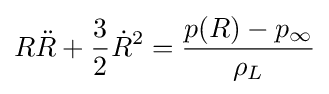
R{\ddot {R}}+{\frac {3}{2}}{\dot {R}}^{2}={\frac {p(R)-p_{\infty }}{\rho _{L}}}